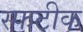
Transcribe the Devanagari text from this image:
स्फटीक